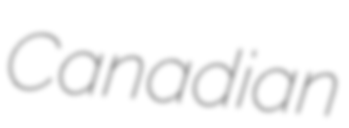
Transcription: Canadian